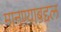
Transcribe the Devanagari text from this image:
मानण्याबद्दल